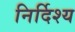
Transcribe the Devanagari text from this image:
निर्दिश्य